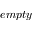
e m p t y